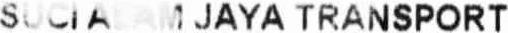
SUCI ALAM JAYA TRANSPORT